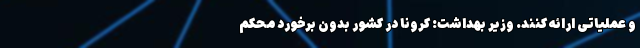
و عملیاتی ارائه کنند. وزیر بهداشت: کرونا در کشور بدون برخورد محکم